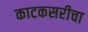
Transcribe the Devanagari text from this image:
काटकसरीचा